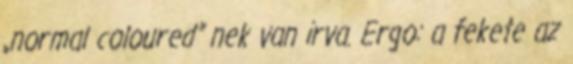
„normal coloured” nek van irva. Ergo: a fekete az